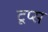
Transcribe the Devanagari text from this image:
टूप्स